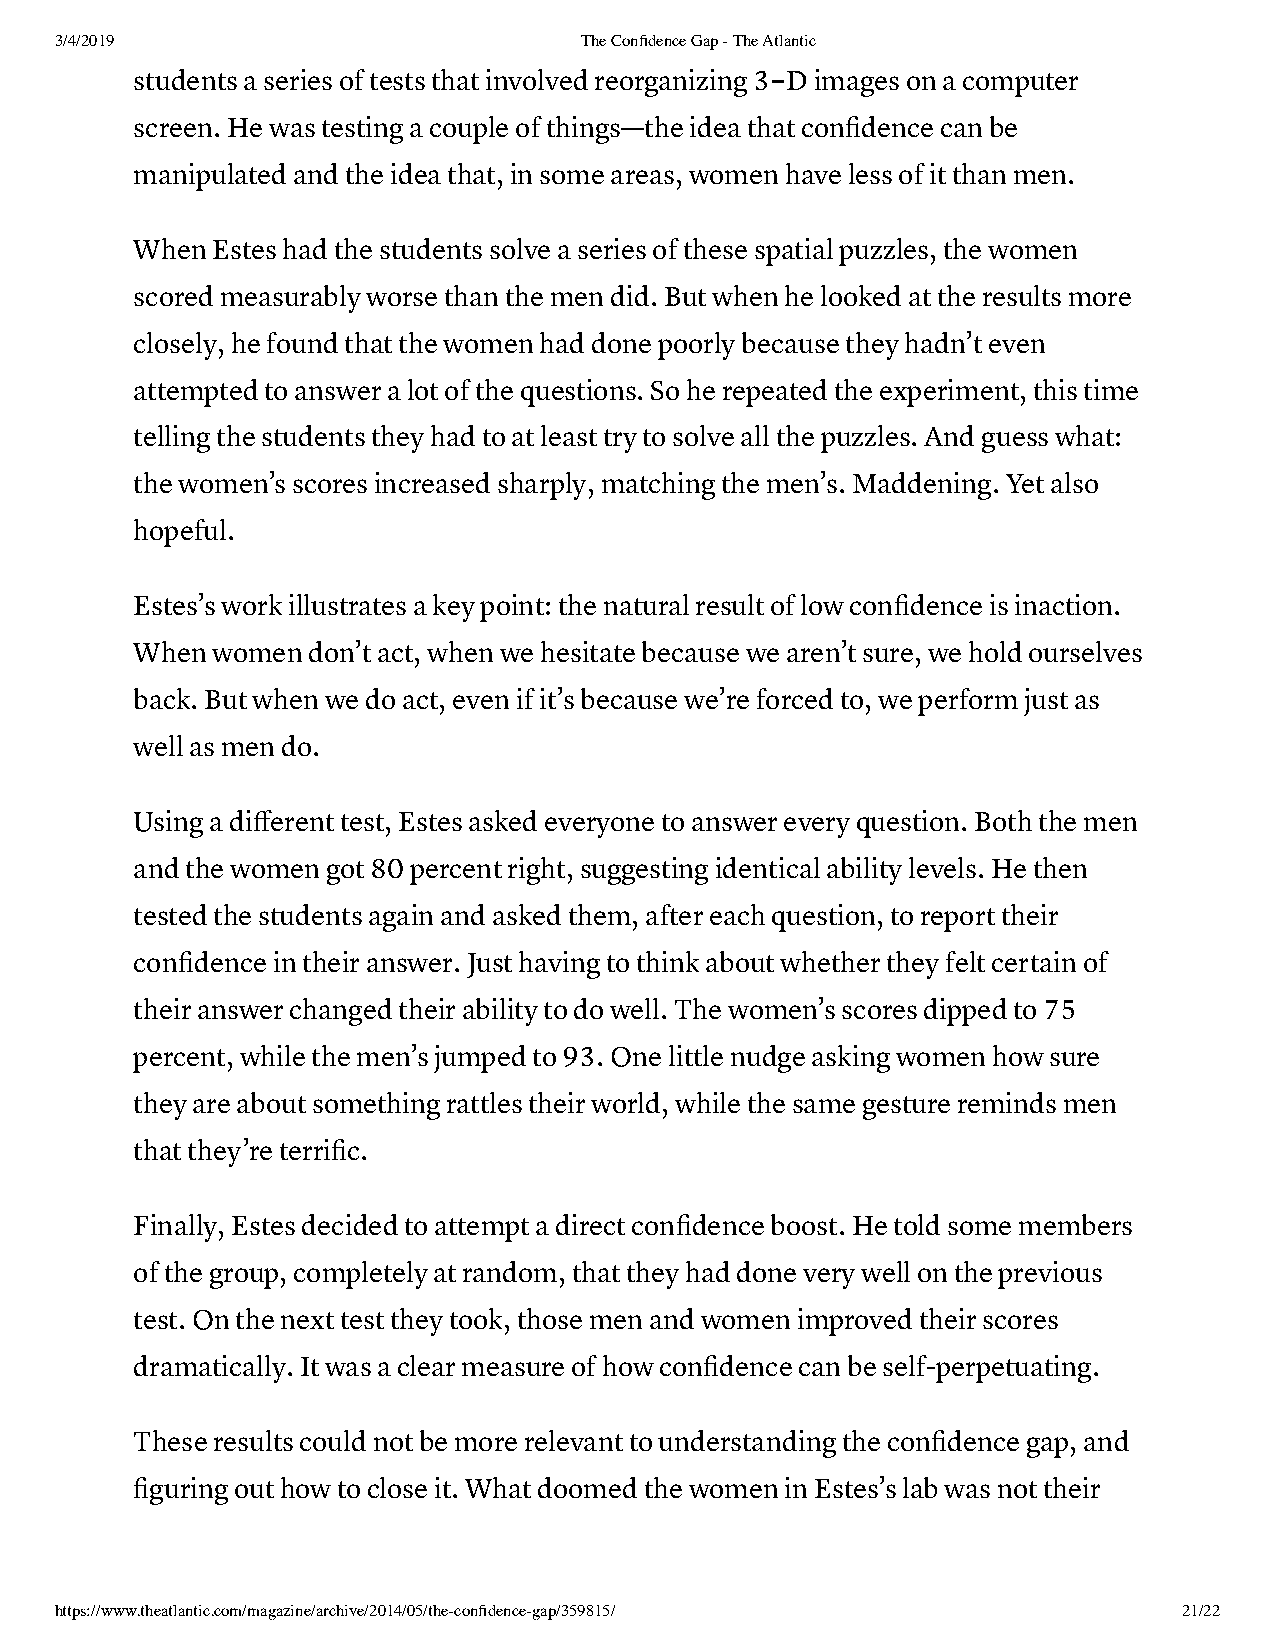
3/4/2019                          The Confidence Gap - The Atlantic
 ‑
 students a series of tests that involved reorganizing 3 D images on a computer
 screen. He was testing a couple of things—the idea that confidence can be
 manipulated and the idea that, in some areas, women have less of it than men.
 When Estes had the students solve a series of these spatial puzzles, the women
 scored measurably worse than the men did. But when he looked at the results more
 closely, he found that the women had done poorly because they hadn’t even
 attempted to answer a lot of the questions. So he repeated the experiment, this time
 telling the students they had to at least try to solve all the puzzles. And guess what:
 the women’s scores increased sharply, matching the men’s. Maddening. Yet also
 hopeful.
 Estes’s work illustrates a key point: the natural result of low confidence is inaction.
 When women don’t act, when we hesitate because we aren’t sure, we hold ourselves
 back. But when we do act, even if it’s because we’re forced to, we perform just as
 well as men do.
 Using a different test, Estes asked everyone to answer every question. Both the men
 and the women got 80 percent right, suggesting identical ability levels. He then
 tested the students again and asked them, after each question, to report their
 confidence in their answer. Just having to think about whether they felt certain of
 their answer changed their ability to do well. The women’s scores dipped to 75
 percent, while the men’s jumped to 93. One little nudge asking women how sure
 they are about something rattles their world, while the same gesture reminds men
 that they’re terrific.
 Finally, Estes decided to attempt a direct confidence boost. He told some members
 of the group, completely at random, that they had done very well on the previous
 test. On the next test they took, those men and women improved their scores
 dramatically. It was a clear measure of how confidence can be self-perpetuating.
 These results could not be more relevant to understanding the confidence gap, and
 figuring out how to close it. What doomed the women in Estes’s lab was not their
 https://www.theatlantic.com/magazine/archive/2014/05/the-confidence-gap/359815/ 21/22